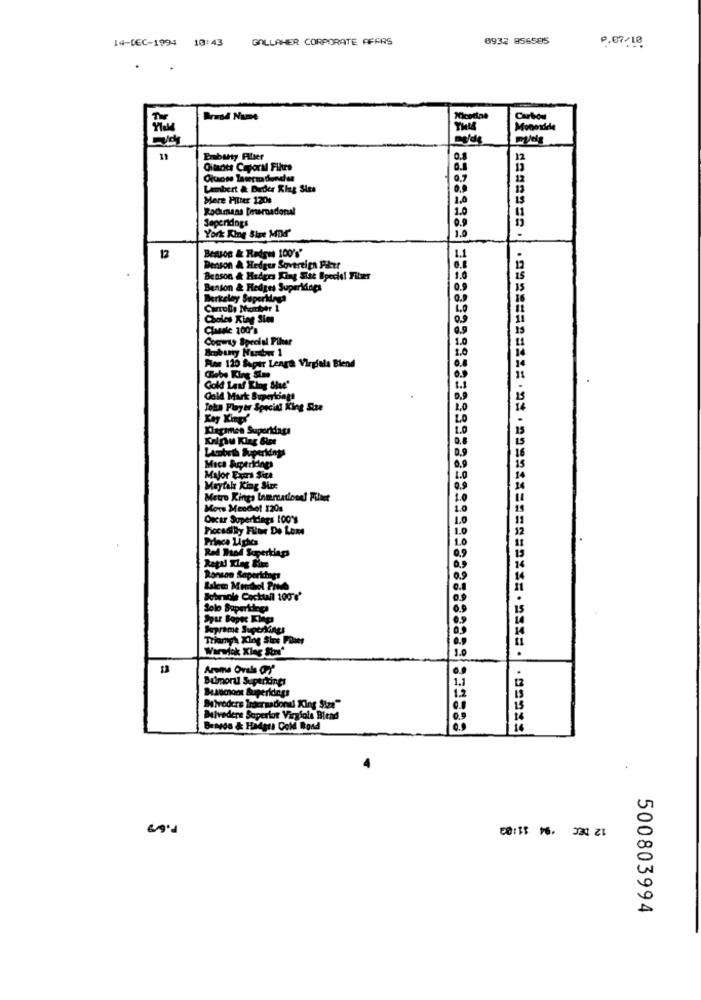
14-DEC-1994 10:43
GALLAHER CORPORATE AFFAS
0932 856585
P.07.10
Brand Name
Carlos
Monoxide
11
Embuty Aller
Oftaots Caporal Filtre
Lambert & Beder King Size
Mere Filter 120s
Rocmans [maradonal
Seperidogs
York King Stre Mod'
Benson & Redres 100'%'
Benson & Hedges Sovertips Fiketr
Benson & Hedges King Size Speciel Filser
Benson & Hedges Superkings
Berkeley Superidaga
Carrolls Number 1
Choles King Sims
Classe 100's
Comwas Special Piher
Hoe 120 Saper Lenge Virgiela Blend
Gebe King Stme
Gold Last King She'
Gold Mark Buperoatt
John Flyer Special King Size
Xlegimen Suportdags
Aobrth Superkings
Maca Amperidags
Major Extra Size
Meytak King Size
Metro Kings Inmradiond! Filter
Morw Meodlet 120s
Oscar Supertdags 100'%
Piccadilly Filtr De Luxe
Prince Liches
Rad Brod Soperking
Ronson Saperlagt
Sobraole Cocktail 100'e'
Solo Superideea
Spur Bopec Klips
Soprame Superkings
Warmak Klag Sons"
Bumoril Superkings
Butvedere Trocreadonel King Size"
Belvedere Saperlot Virgfala Blend
Brayde & Hidass Gold Bond
500803994